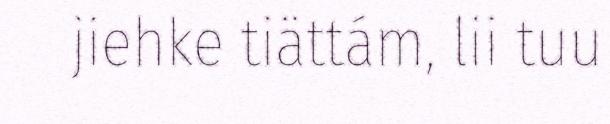
jiehke tiättám, lii tuu